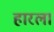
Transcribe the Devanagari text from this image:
हारला